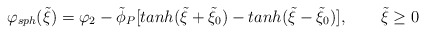
\begin{align*}\varphi_{sph}(\tilde\xi)=\varphi_2-\tilde\phi_P[tanh(\tilde\xi+\tilde\xi_0)-tanh(\tilde\xi-\tilde\xi_0)],~~~~~~\tilde\xi \geq 0\end{align*}